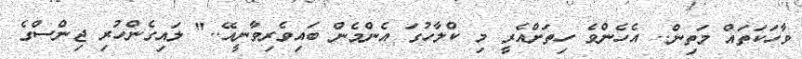
ވާހަކަތައް މަތިން.. އެހެންވެ ހިތަށްއެރީ މި ކްލާހުގަ އެންމެން ބައިވެރިވާނީއޭ.." ލައިގެންހުރި ޖިންސްގެ